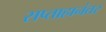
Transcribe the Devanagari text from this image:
सप्ताहानंतर